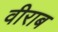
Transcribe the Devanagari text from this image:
वीराब